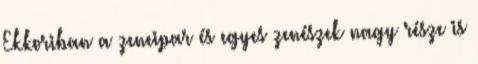
Ekkoriban a zeneipar és egyes zenészek nagy része is